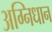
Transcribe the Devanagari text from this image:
अग्निधान